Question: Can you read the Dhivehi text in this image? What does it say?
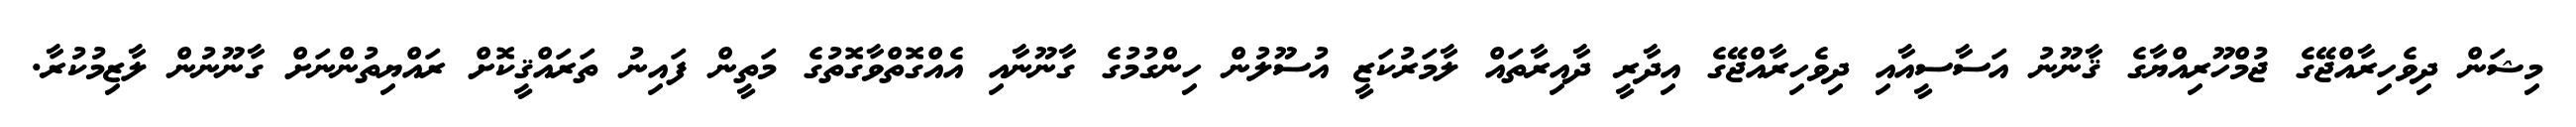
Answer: މިޝަން ދިވެހިރާއްޖޭގެ ޖުމްހޫރިއްޔާގެ ޤާނޫނު އަސާސީއާއި ދިވެހިރާއްޖޭގެ އިދާރީ ދާއިރާތައް ލާމަރުކަޒީ އުސޫލުން ހިންގުމުގެ ގާނޫނާއި އެއްގޮތްވާގޮތުގެ މަތީން ފައިނު ތަރައްޤީކޮށް ރައްޔިތުންނަށް ގާނޫނުން ލާޒިމުކުރާ.